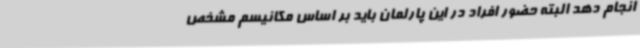
انجام دهد البته حضور افراد در این پارلمان باید بر اساس مکانیسم مشخص